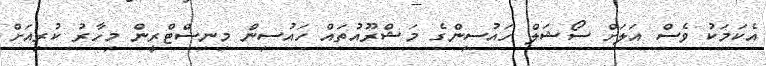
އެކަމަކު ވެސް އަލަށް ސޯޝަލް ހައުސިންގެ މަޝްރޫއުތައް ހައުސިން މިނިސްޓްރީން މިހާރު ކުރިއަށް